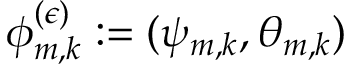
\phi _ { m , k } ^ { ( \epsilon ) } : = ( \psi _ { m , k } , \theta _ { m , k } )